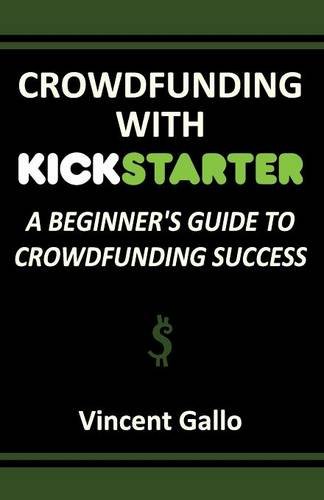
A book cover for Crowdfunding with Kickstarter: A Beginner's Guide to Crowdfunding Success; Vincent Gallo; Business & Money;